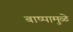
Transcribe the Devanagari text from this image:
बाष्पामुळे